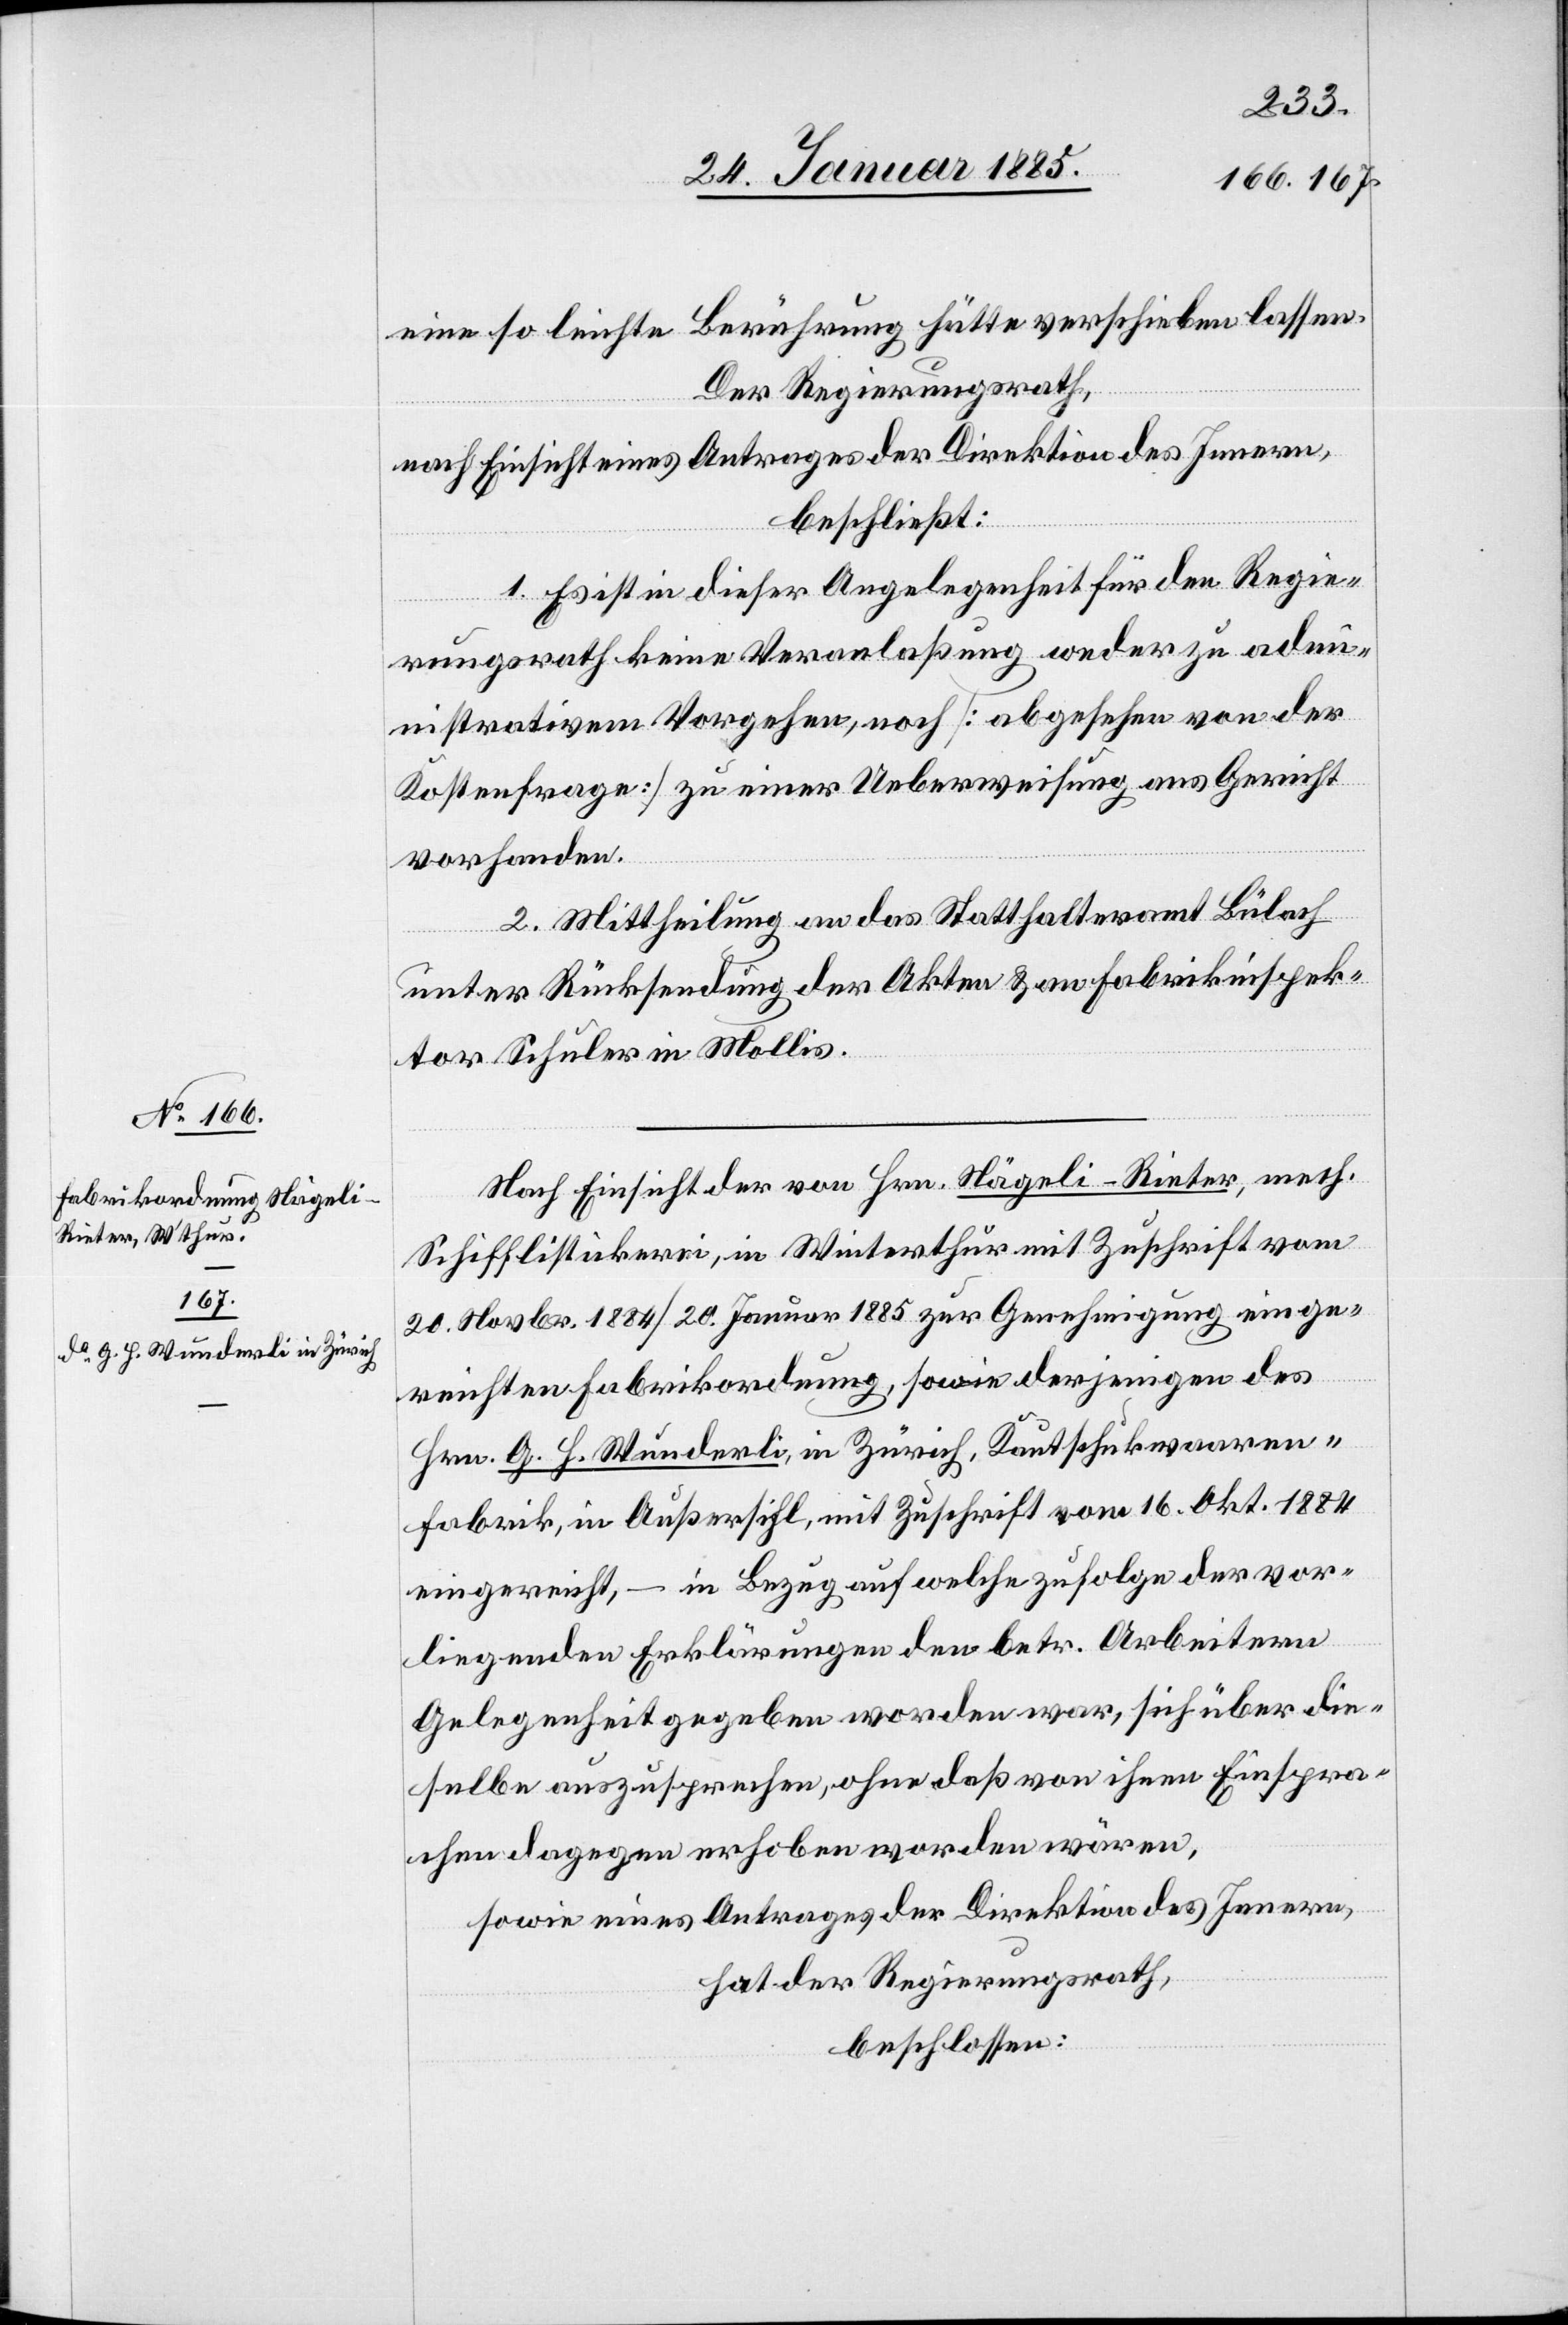
eine so leichte Berührung hätte verschieben lassen.
Der Regierungsrath,
nach Einsicht eines Antrages der Direktion des Innern,
beschließt:
1. Es ist in dieser Angelegenheit für den Regie¬
rungsrath keine Veranlaßung weder zu adm¬
inistrativem Vorgehen, noch [abgesehen von der
Kostenfrage] zu einer Ueberweisung ans Gericht
vorhanden.
2. Mittheilung an das Statthalteramt Bülach
unter Rücksendung der Akten & an Fabrikinspek¬
tor Schuler in Mollis.
Nach Einsicht der von Hrn. Nägeli-Rieter, mech.
Schifflistickerei, in Winterthur mit Zuschrift vom
20. Novbr. 1884/20. Januar 1885 zur Genehmigung einge¬
reichten Fabrikordnung, sowie derjenigen des
Hrn. G. H. Wunderli, in Zürich, Kautschukwaaren¬
fabrik, in Außersihl, mit Zuschrift vom 16. Okt. 1884
eingereicht, – in Bezug auf welche zu Folge der vor¬
liegenden Erklärungen den betr. Arbeitern
Gelegenheit gegeben worden war, sich über die¬
selbe auszusprechen, ohne daß von ihnen Einspra¬
chen dagegen erhoben worden wären,
sowie eines Antrages der Direktion des Innern,
hat der Regierungsrath,
beschlossen: